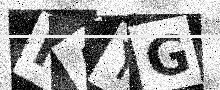
Text: IAYG